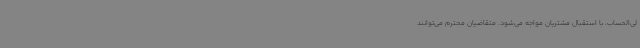
لی‌الحساب، با استقبال مشتریان مواجه می‌شود. متقاضیان محترم می‌توانند